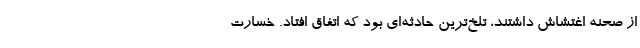
از صحنه اغتشاش داشتند، تلخ‌ترین حادثه‌ای بود که اتفاق افتاد. خسارت